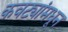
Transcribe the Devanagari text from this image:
कवट्यांमधून